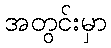
အတွင်းမှာ